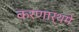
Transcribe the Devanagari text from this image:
करणार्थमे